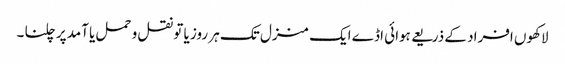
لاکھوں افراد کے ذریعے ہوائی اڈے ایک منزل تک ہر روز یا تو نقل و حمل یا آمد پر چلنا ۔